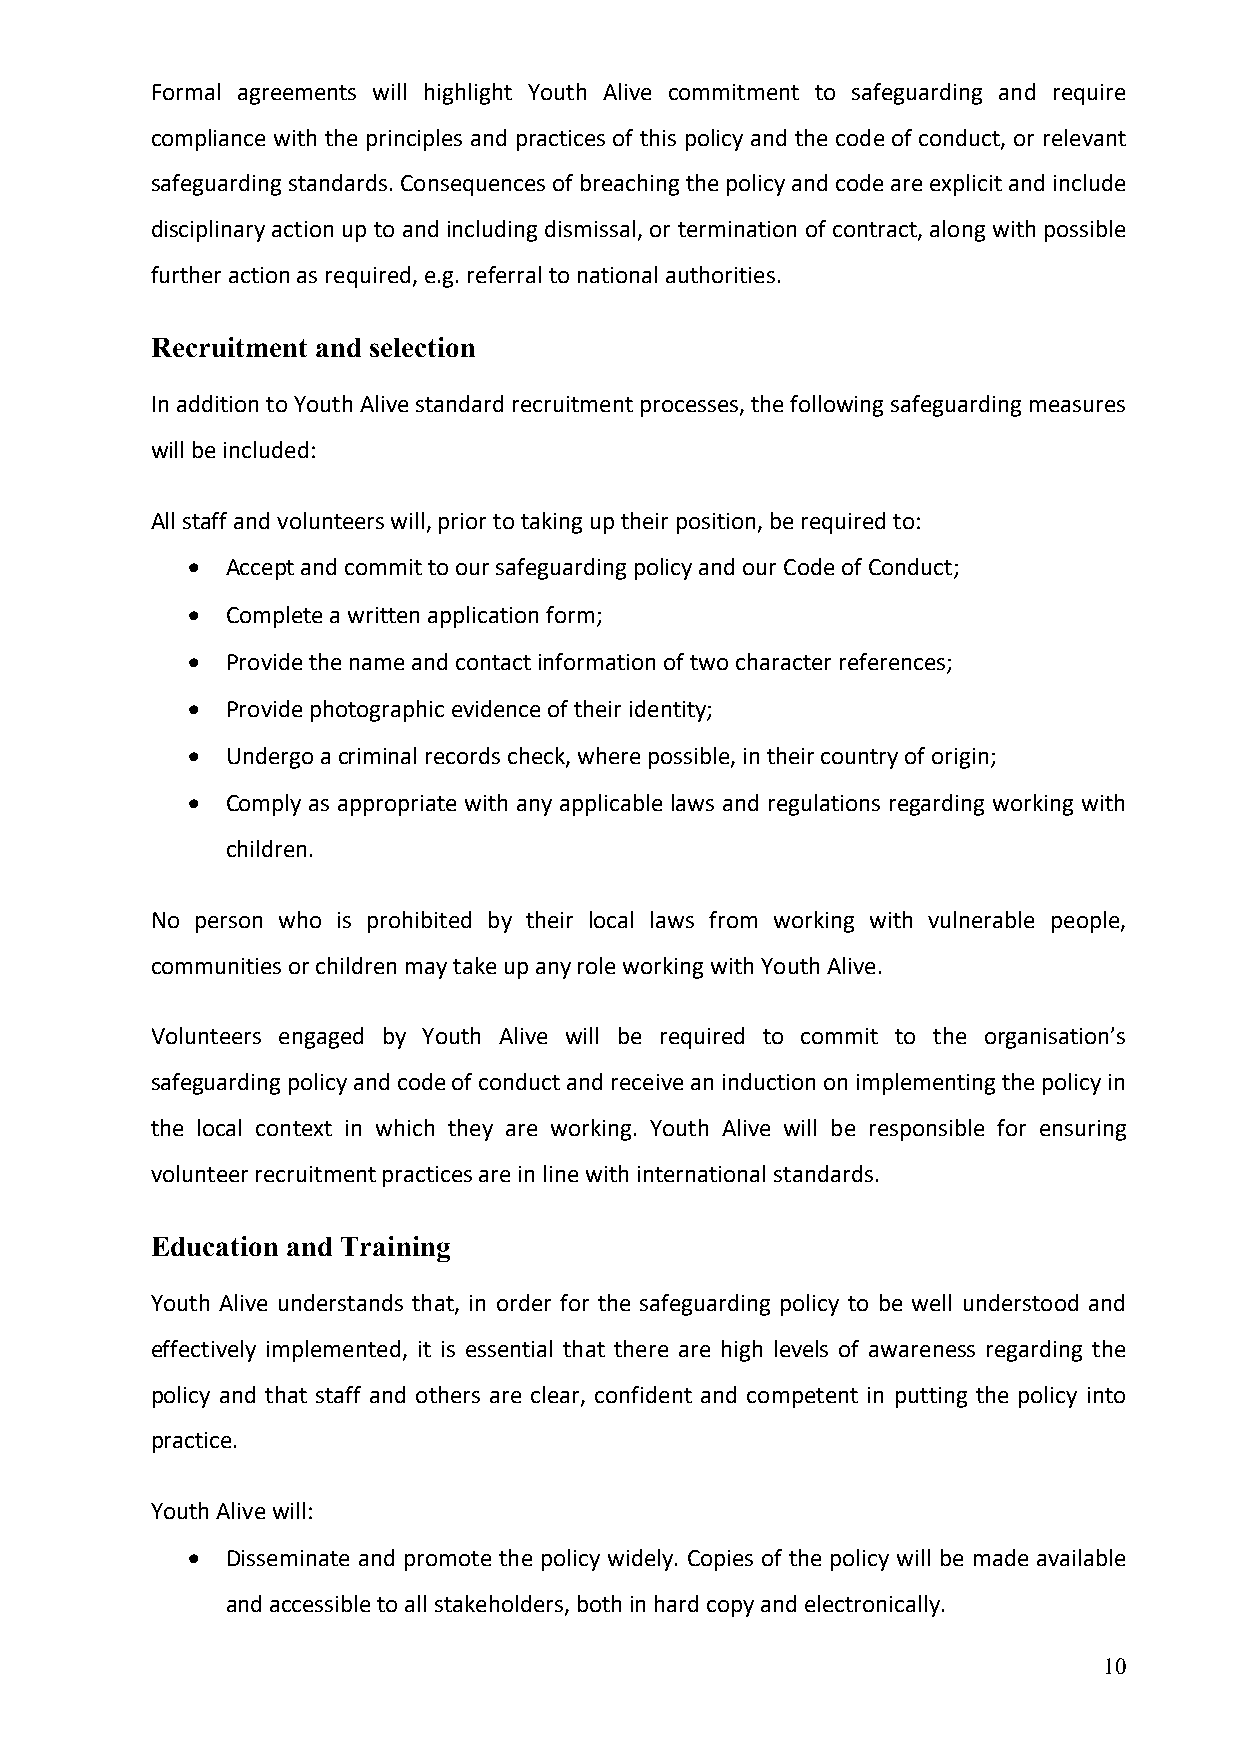
Formal agreements will highlight Youth Alive commitment to safeguarding and require
 compliance with the principles and practices of this policy and the code of conduct, or relevant
 safeguarding standards. Consequences of breaching the policy and code are explicit and include
 disciplinary action up to and including dismissal, or termination of contract, along with possible
 further action as required, e.g. referral to national authorities.
 Recruitment and selection
 In addition to Youth Alive standard recruitment processes, the following safeguarding measures
 will be included:
 All staff and volunteers will, prior to taking up their position, be required to:
 •  Accept and commit to our safeguarding policy and our Code of Conduct;
 •  Complete a written application form;
 •  Provide the name and contact information of two character references;
 •  Provide photographic evidence of their identity;
 •  Undergo a criminal records check, where possible, in their country of origin;
 •  Comply as appropriate with any applicable laws and regulations regarding working with
 children.
 No person who is prohibited by their local laws from working with vulnerable people,
 communities or children may take up any role working with Youth Alive.
 Volunteers engaged by Youth Alive will be required to commit to the organisation’s
 safeguarding policy and code of conduct and receive an induction on implementing the policy in
 the local context in which they are working. Youth Alive will be responsible for ensuring
 volunteer recruitment practices are in line with international standards.
 Education and Training
 Youth Alive understands that, in order for the safeguarding policy to be well understood and
 effectively implemented, it is essential that there are high levels of awareness regarding the
 policy and that staff and others are clear, confident and competent in putting the policy into
 practice.
 Youth Alive will:
 •  Disseminate and promote the policy widely. Copies of the policy will be made available
 and accessible to all stakeholders, both in hard copy and electronically.
 10